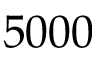
5 0 0 0